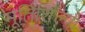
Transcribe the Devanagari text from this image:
मूर्तिशिल्पों